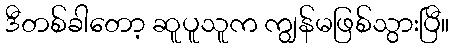
ဒီတစ်ခါတော့ ဆူပူသူက ကျွန်မဖြစ်သွားပြီ။